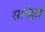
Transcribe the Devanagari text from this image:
सापेक्षी